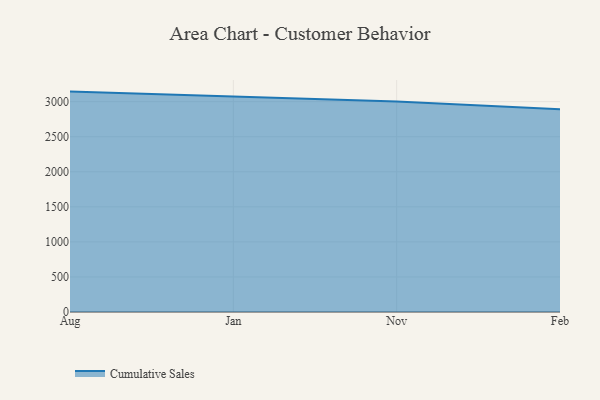
{"axis": {"x": "Month", "y": "Operating Costs (USD K)"}, "legend": ["Cumulative Sales"], "data": [{"x": "Aug", "y": 3143.5, "type": "Cumulative Sales"}, {"x": "Jan", "y": 3077.2, "type": "Cumulative Sales"}, {"x": "Nov", "y": 3003.6, "type": "Cumulative Sales"}, {"x": "Feb", "y": 2891.1, "type": "Cumulative Sales"}]}